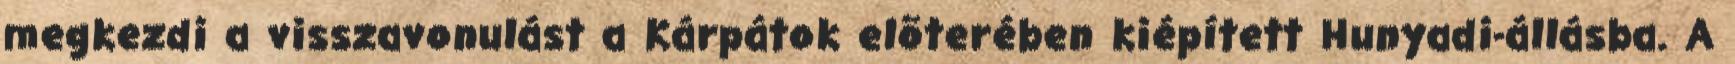
megkezdi a visszavonulást a Kárpátok elõterében kiépített Hunyadi-állásba. A